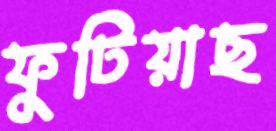
ফুটিয়াছ